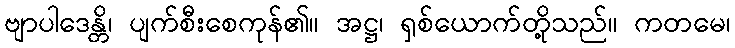
ဗျာပါဒေန္တိ၊ ပျက်စီးစေကုန်၏။ အဋ္ဌ၊ ရှစ်ယောက်တို့သည်။ ကတမေ၊